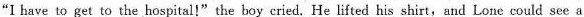
"I have to get to the hospital!" the boy cried,He lifted his shirt,and Lone could see a